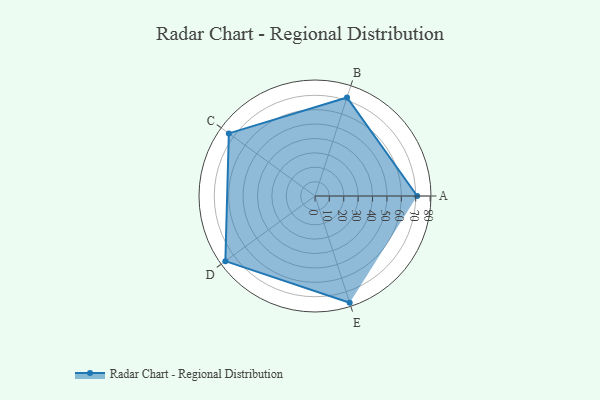
{"axis": {"x": "Skill", "y": "Score"}, "legend": ["Profile"], "data": [{"x": "A", "y": 71.0, "type": "Profile"}, {"x": "B", "y": 72.0, "type": "Profile"}, {"x": "C", "y": 74.0, "type": "Profile"}, {"x": "D", "y": 77.0, "type": "Profile"}, {"x": "E", "y": 78.0, "type": "Profile"}]}